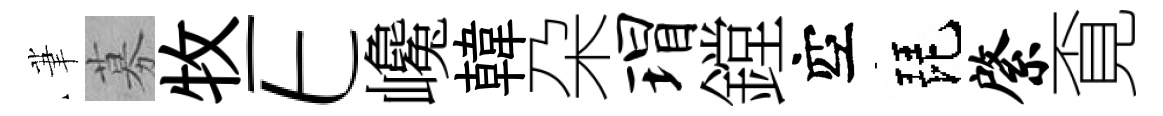
茟募牧E巉韓朶瑁鏜空琵綮覔